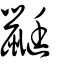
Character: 鼮